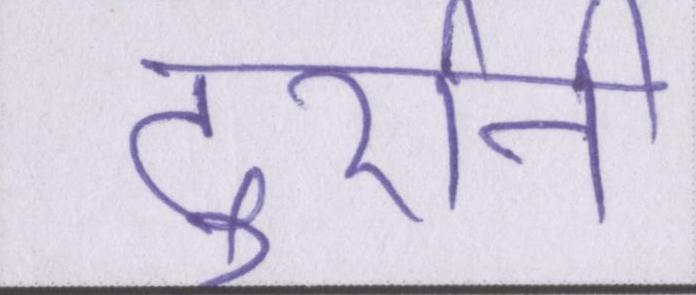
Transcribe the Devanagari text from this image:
दुर्रानी